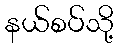
နယ်စပ်သို့